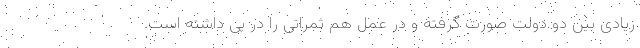
زیادی بین دو دولت صورت گرفته و در عمل هم ثمراتی را در پی داشته است.